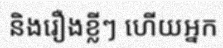
និងរឿងខ្លីៗ ហើយអ្នក